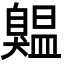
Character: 𦤨